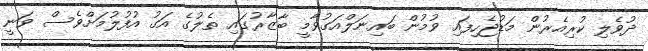
ދުވެލި ކުރިއެރުން މަޑުޖެހިފައި ވުމުން ބައިނަލްއަގުވާމީ ބާޒާރުގައި ތެލުގެ އަގު އުފުލުމަށްވެސް ވަނީ